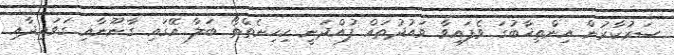
ސަރުކާރުން އިންތިޚާބުގަ ވެފައިވާ ވައުދުތައް ފުއްދަނީ ކިހިނެތްތޯ ބަލާ އޭގައި ގާނޫނާއި ގަވައިދާއި